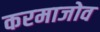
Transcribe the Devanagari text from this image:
करमाजोव